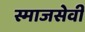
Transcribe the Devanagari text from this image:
स्माजसेवी